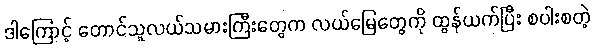
ဒါကြောင့် တောင်သူလယ်သမားကြီးတွေက လယ်မြေတွေကို ထွန်ယက်ပြီး စပါးစတဲ့